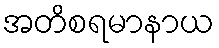
အတိစရမာနာယ